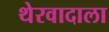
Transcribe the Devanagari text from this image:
थेरवादाला